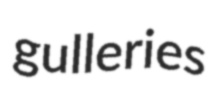
gulleries